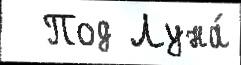
  Под Луна́